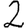
Digit: 2